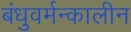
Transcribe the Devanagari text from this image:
बंधुवर्मन्कालीन